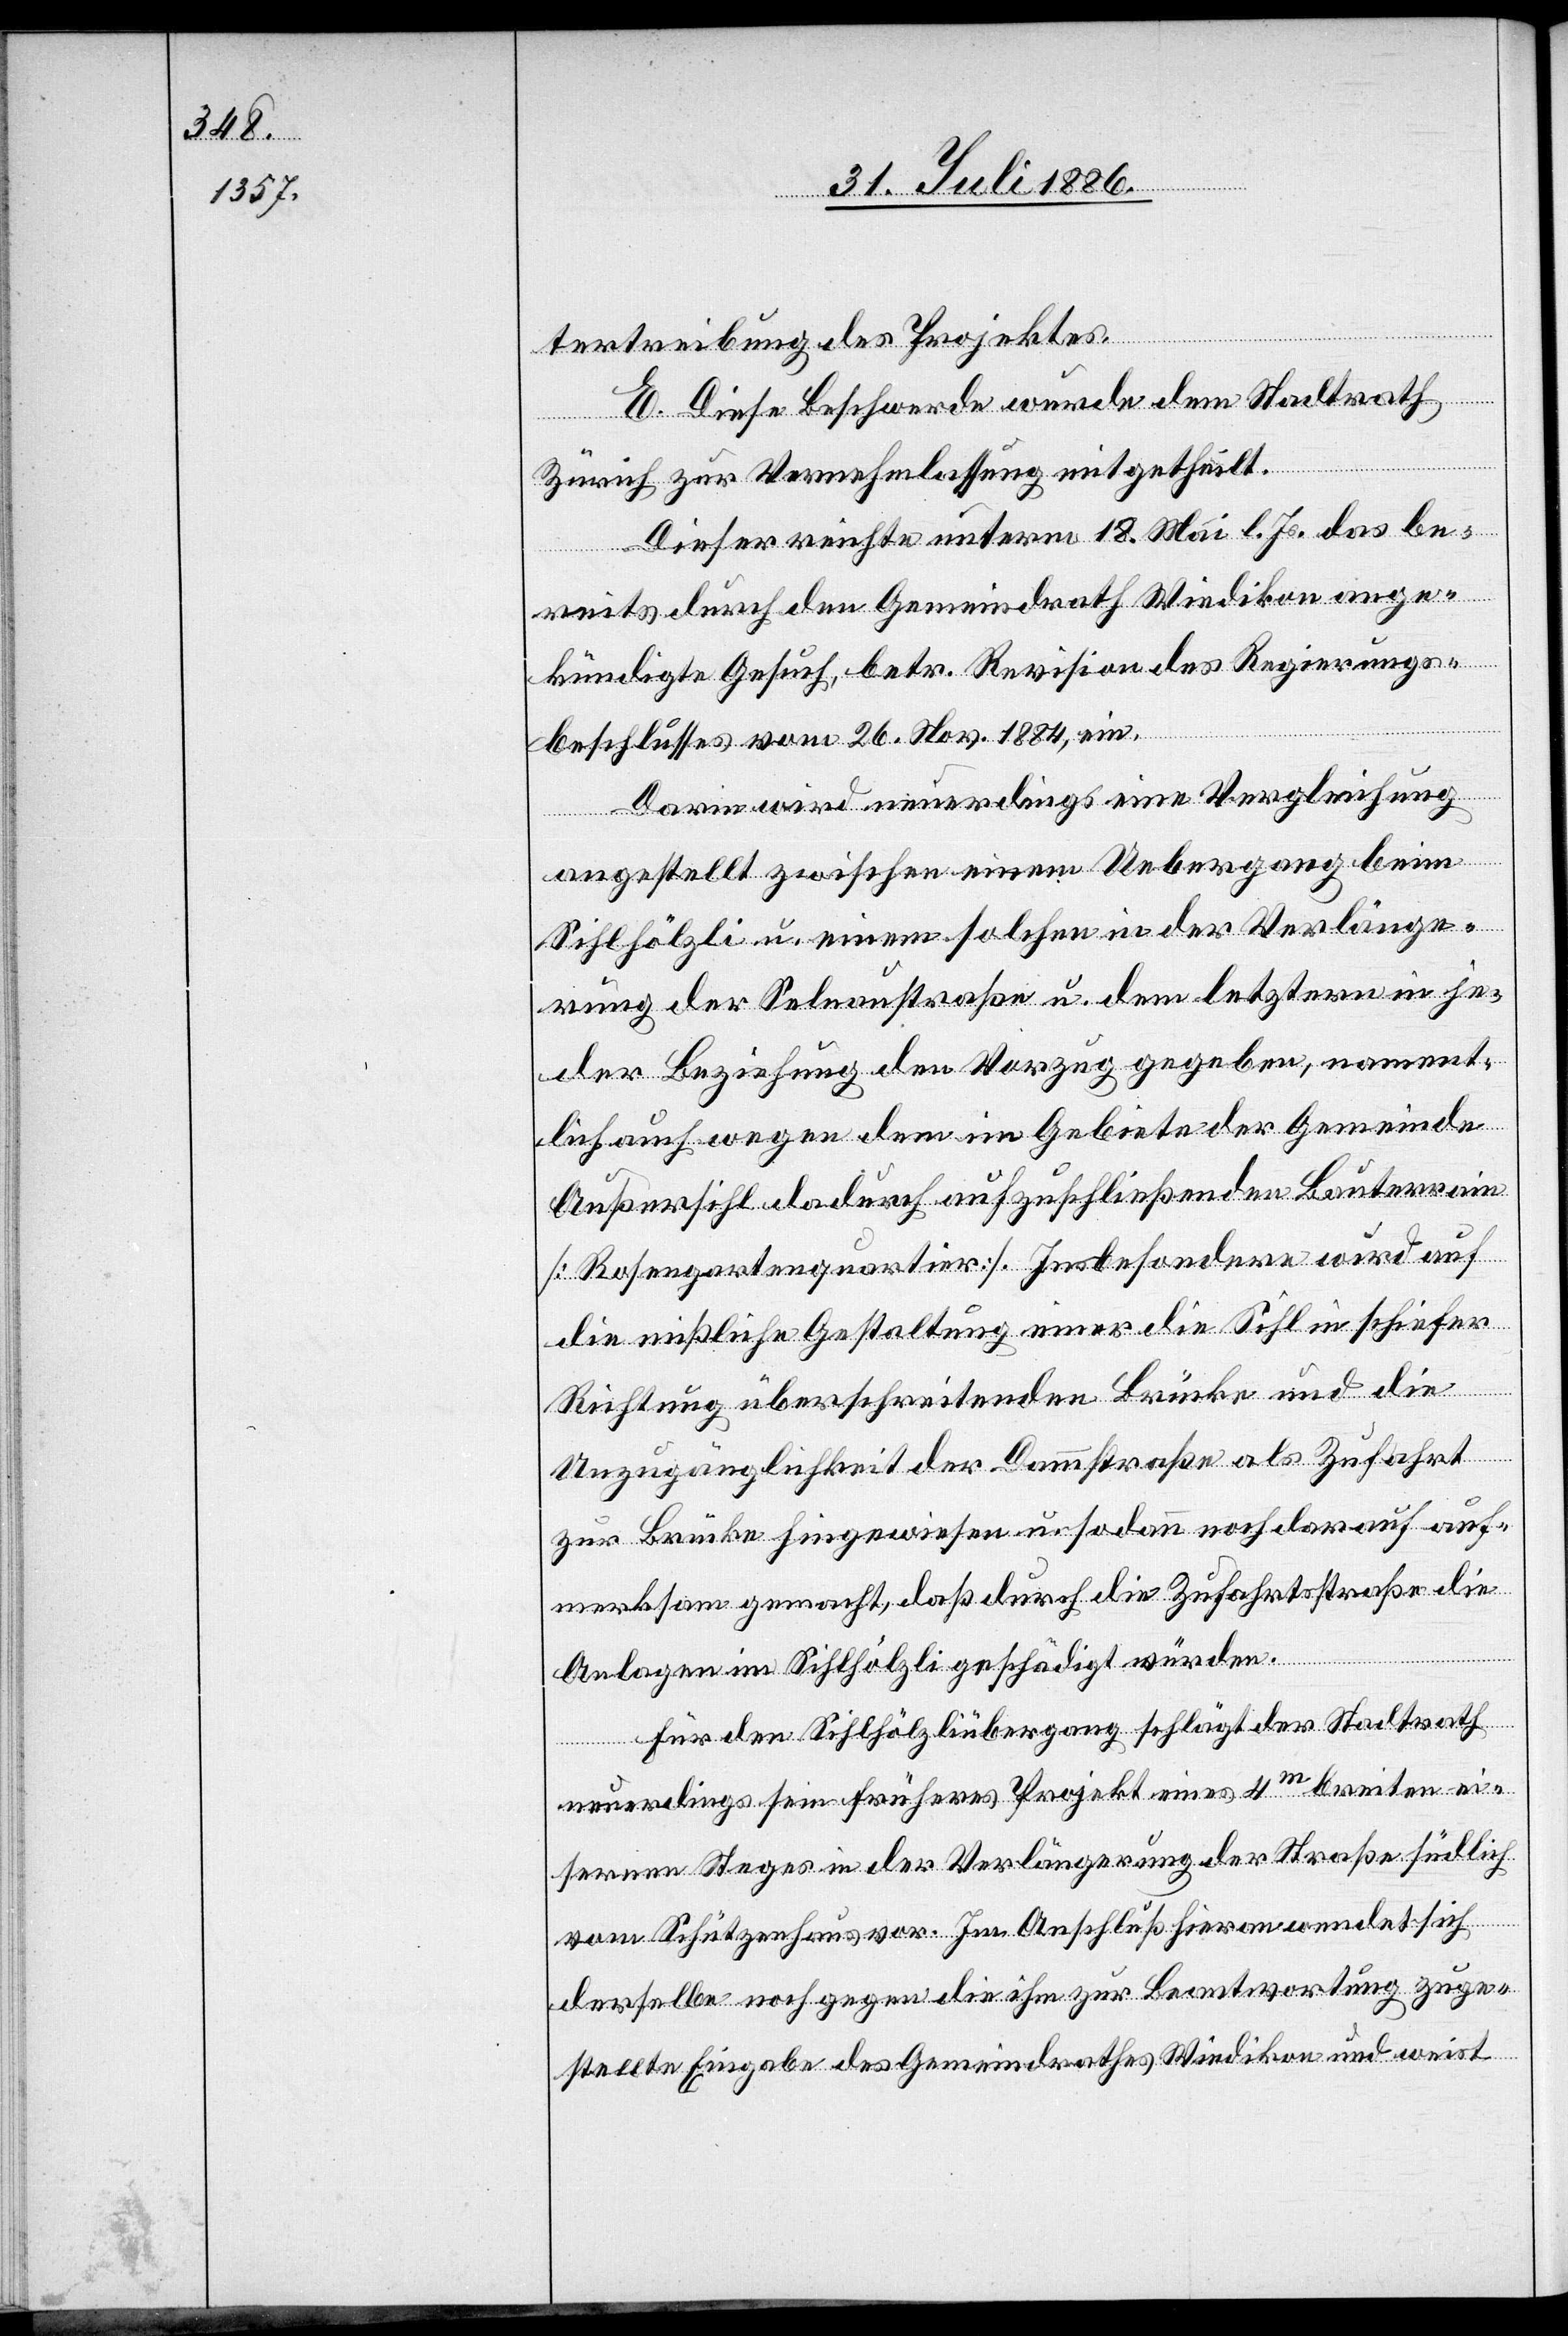
tertreibung des Projektes.
E. Diese Beschwerde wurde dem Stadtrath
Zürich zur Vernehmlassung mitgetheilt.
Dieser reichte unterm 18. Mai l. Js. das be¬
reits durch den Gemeindrath Wiedikon ange¬
kündigte Gesuch, betr. Revision des Regierungs¬
beschlusses vom 26. Nov. 1884, ein.
Darin wird neuerdings eine Vergleichung
angestellt zwischen einem Uebergang beim
Sihlhölzli u. solchen in der Verlänge¬
rung der Selnaustraße u. dem letztern in je¬
der Beziehung den Vorzug gegeben, nament¬
lich auch wegen dem im Gebiete der Gemeinde
Außersihl dadurch aufzuschließenden Bauterrain
[Rosengartenquartier]. Insbesondere wird auf
die mißliche Gestaltung einer die Sihl in schiefer
Richtung überschreitenden Brücke und die
Unzulänglichkeit der Dammstraße als Zufahrt
zur Brücke hingewiesen u. sodann noch darauf auf¬
merksam gemacht, daß durch die Zufahrtsstraße die
Anlagen im Sihlhölzli geschädigt würden.
Für den Sihlhölzliübergang schlägt der Stadtrath
neuerdings sein früheres Projekt eines 4m breiten ei¬
sernen Steges in der Verlängerung der Straße südlich
vom Schützenhaus vor. Im Anschluß hieran wendet sich
derselbe noch gegen die ihm zur Beantwortung zuge¬
stellte Eingabe des Gemeindrathes Wiedikon und weist